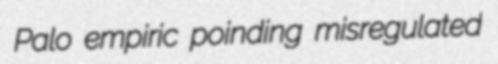
Palo empiric poinding misregulated